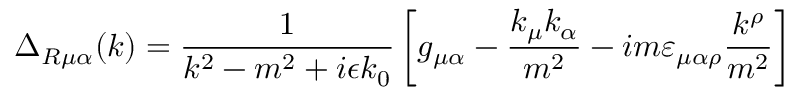
\Delta _ { R \mu \alpha } ( k ) = \frac { 1 } { k ^ { 2 } - m ^ { 2 } + i \epsilon k _ { 0 } } \left[ g _ { \mu \alpha } - \frac { k _ { \mu } k _ { \alpha } } { m ^ { 2 } } - i m \varepsilon _ { \mu \alpha \rho } \frac { k ^ { \rho } } { m ^ { 2 } } \right]